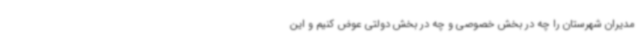
مدیران شهرستان را چه در بخش خصوصی و چه در بخش دولتی عوض کنیم و این